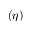
( \eta )